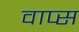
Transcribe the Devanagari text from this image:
वाप्स